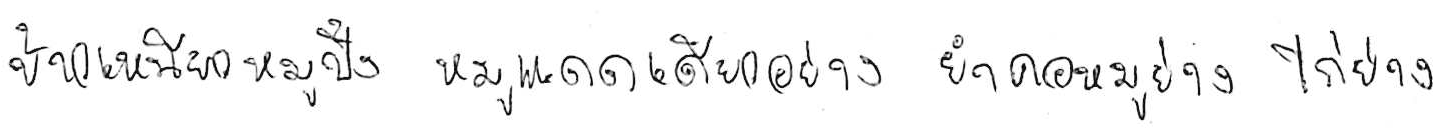
ข้าวเหนียวหมูปิ้ง หมูแดดเดียวย่าง ยำคอหมูย่าง ไก่ย่าง